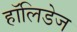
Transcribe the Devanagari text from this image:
हॉलिडेज